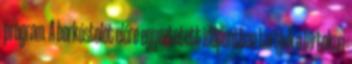
program. A borkóstolót előre egyeztetett időpontban tartjuk a birtokon